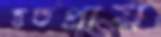
হতপ্রায়